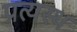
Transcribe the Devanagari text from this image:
प्रत्यस्थ